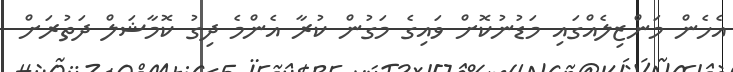
އެހެން މަންޒިލެއްގައި މަޑުނުކޮށް ވައިގެ މަގުން ކުރާ އެންމެ ދިގު ކޮމާޝަލް ދަތުރަށް